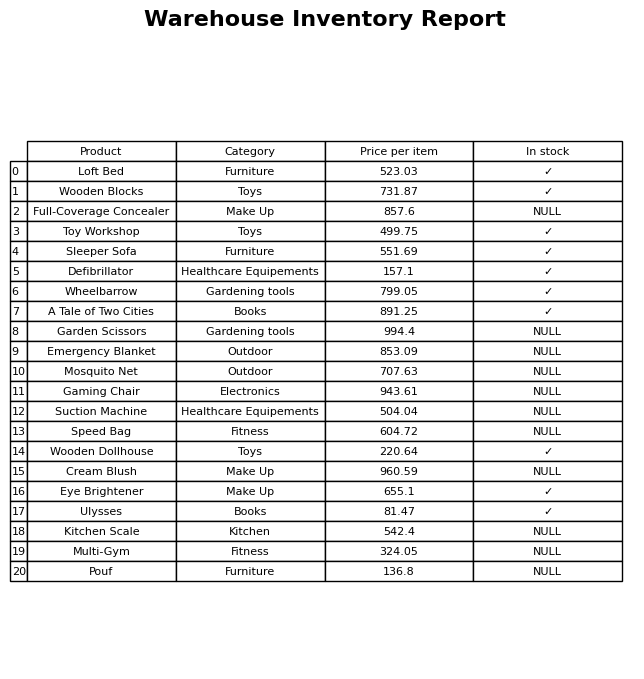
question: What is the price of the Full-Coverage Concealer?
answer: The price of Full-Coverage Concealer is 857.6.